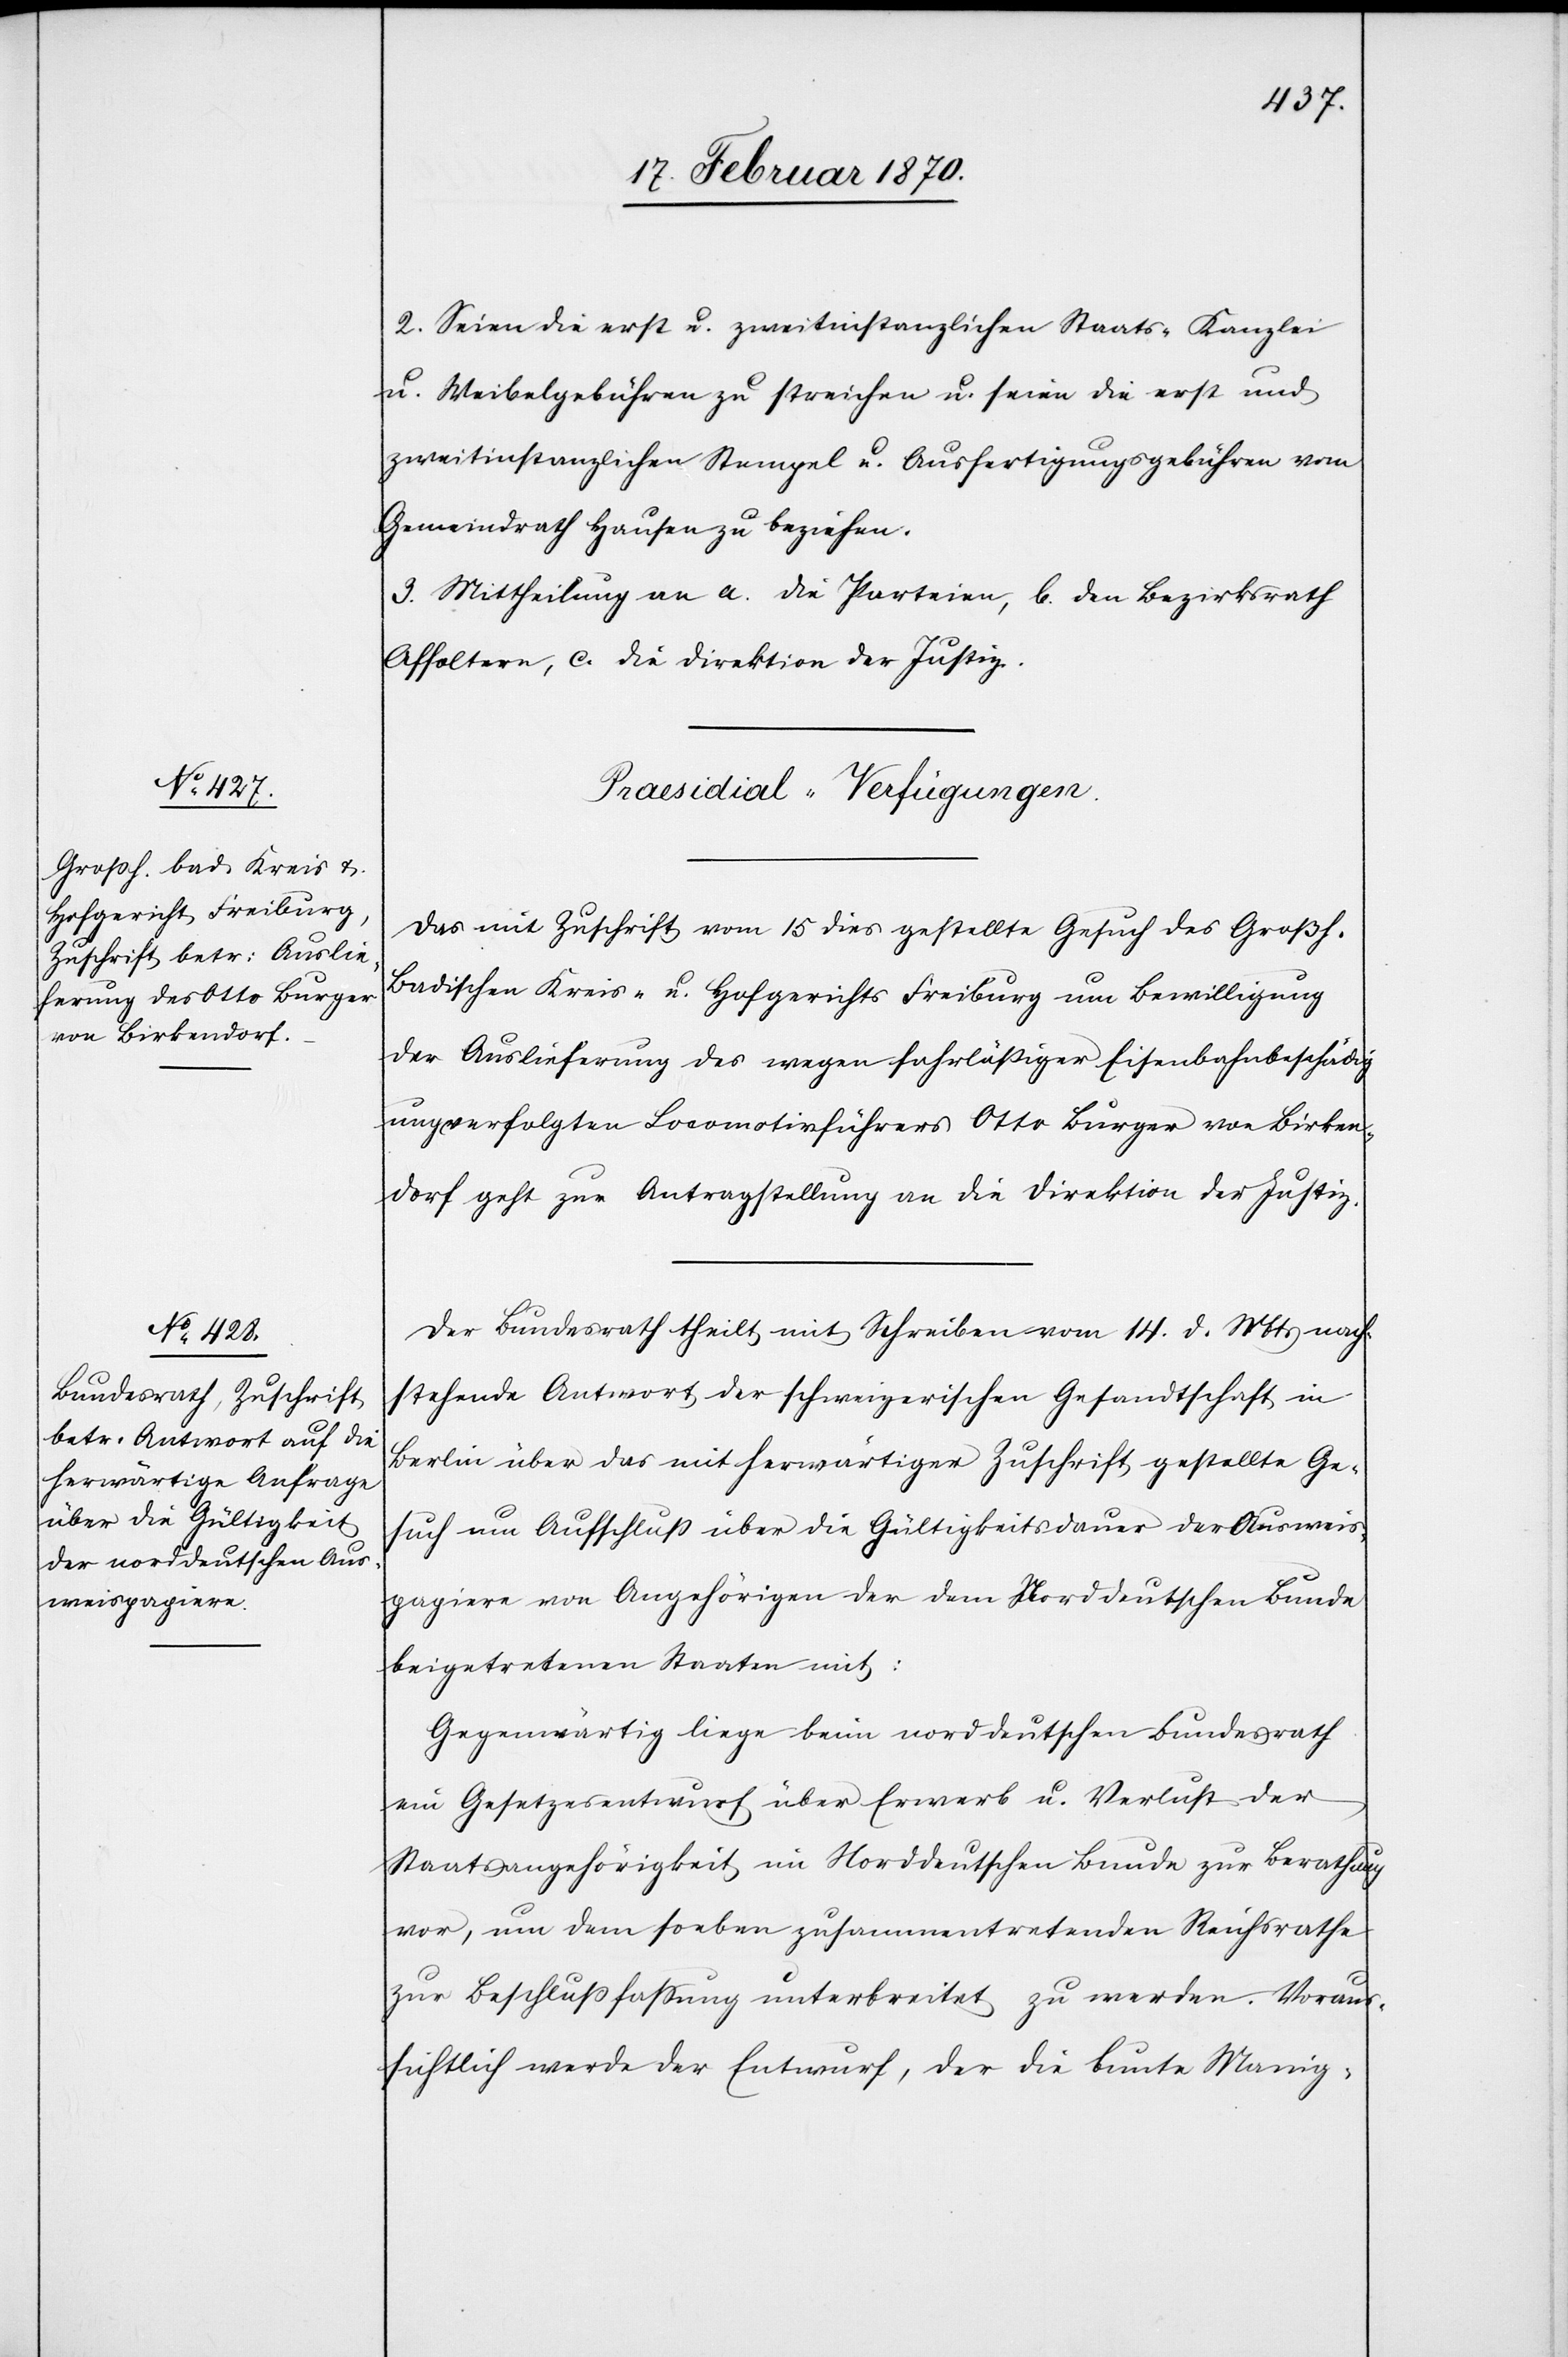
17. Februar 1870.]
2. Seien die erst[-] u. zweitinstanzlichen Staats-[,] Kanzlei[-]
u. Weibelgebühren zu streichen u. seien die erst[-] und
zweitinstanzlichen Stempel[-] und Ausfertigungsgebühren vom
Gemeindrath Hausen zu beziehen.
3. Mittheilung an a. die Parteien, b. den Bezirksrath
Affoltern, c. die Direktion der Justiz.
[Praesidial-Verfügungen.
Das mit Zuschrift vom 15 dies gestellte Gesuch des Großh.
Badischen Kreis- u. Hofgerichts Freiburg um Bewilligung
der Auslieferung des wegen fahrlässiger Eisenbahnbeschädig¬
ung verfolgten Locomotivführers Otto Burger von Birken¬
dorf geht zur Antragstellung an die Direktion der Justiz.
Der Bundesrath theilt mit Schreiben vom 14. d. Mts nach¬
stehende Antwort der schweizerischen Gesandtschaft in
Berlin über das mit herwärtiger Zuschrift gestellte Ge¬
such um Aufschluss über die Gültigkeitsdauer der Ausweis¬
papiere von Angehörigen der dem Norddeutschen Bunde
beigetretenen Staaten mit:
Gegenwärtig liege beim norddeutschen Bundesrath
ein Gesetzesentwurf über Erwerb u. Verlust der
Staatsangehörigkeit im Norddeutschen Bunde zur Berathung
vor, um dem soeben zusammentretenden Reichsrathe
zur Beschlussfassung unterbreitet zu werden. Voraus¬
sichtliche werde der Entwurf, der die bunte Manig-